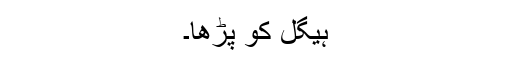
ہیگل کو پڑھا۔